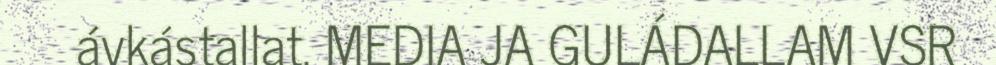
ávkástallat. MEDIA JA GULÁDALLAM VSR